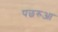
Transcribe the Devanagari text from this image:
पछरुआ